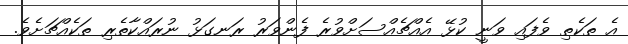
އެ ތަކެތި ވެފައި ވަނީ ކުޅޭ އެއްޗެއްސަށްވުރެ ފެންވަރު ރަނގަޅު ނުރައްކާތެރި ތަކެއްޗަށެވެ.